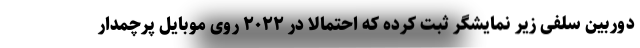
دوربین سلفی زیر نمایشگر ثبت کرده که احتمالا در ۲۰۲۲ روی موبایل پرچمدار